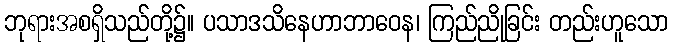
ဘုရားအစရှိသည်တို့၌။ ပသာဒသိနေဟာဘာဝေန၊ ကြည်ညိုခြင်း တည်းဟူသော